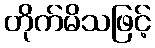
တိုက်မိသဖြင့်